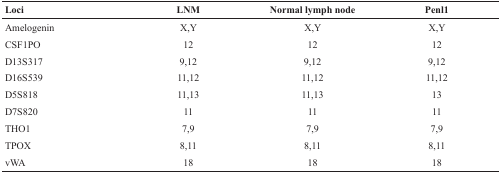
<table><thead><tr><td><b>Loci</b></td><td><b>LNM</b></td><td><b>Normal lymph node</b></td><td><b>Penl1</b></td></tr></thead><tbody><tr><td>Amelogenin</td><td>X,Y</td><td>X,Y</td><td>X,Y</td></tr><tr><td>CSF1PO</td><td>12</td><td>12</td><td>12</td></tr><tr><td>D13S317</td><td>9,12</td><td>9,12</td><td>9,12</td></tr><tr><td>D16S539</td><td>11,12</td><td>11,12</td><td>11,12</td></tr><tr><td>D5S818</td><td>11,13</td><td>11,13</td><td>13</td></tr><tr><td>D7S820</td><td>11</td><td>11</td><td>11</td></tr><tr><td>THO1</td><td>7,9</td><td>7,9</td><td>7,9</td></tr><tr><td>TPOX</td><td>8,11</td><td>8,11</td><td>8,11</td></tr><tr><td>vWA</td><td>18</td><td>18</td><td>18</td></tr></tbody></table>